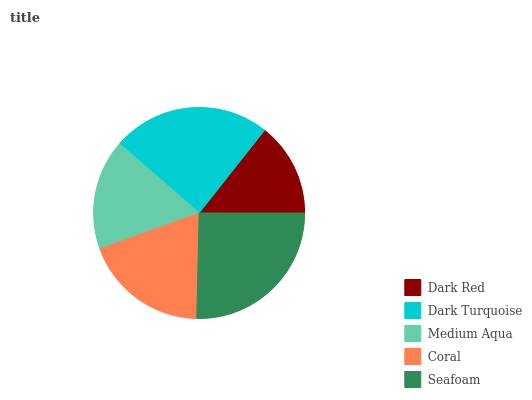
| Dark Red | Dark Turquoise | Medium Aqua | Coral | Seafoam |
 | --- | --- | --- | --- | --- |
 | 14.4% | 24.2% | 16.9% | 19.1% | 25.4% |